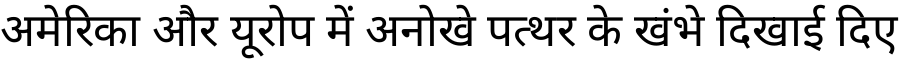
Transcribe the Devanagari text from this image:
अमेरिका और यूरोप में अनोखे पत्थर के खंभे दिखाई दिए